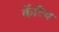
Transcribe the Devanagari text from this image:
कॅटिच